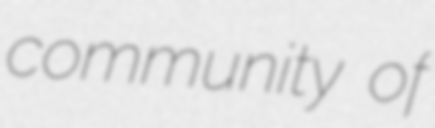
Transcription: community of